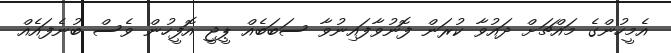
އެމީހުންގެ މައްޗަށް ދައުވާ ކުރަން ފޮނުވާފައިނުވާ ސަބަބެއް ޕީޖީ އޮފީހުން ވެސް ބުނެފައެއް